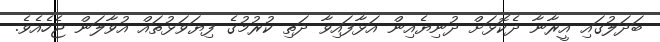
ބަދަލުގައި އީރާނާ ދެކޮޅަށް ދުނިޔެއިން އަޅާފައިވާ ދަތި ކުރުމުގެ ފިޔަވަޅުތައް އުވާލަން ޖެހެއެވެ.